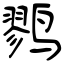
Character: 鹨